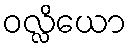
ဝလ္လိယော